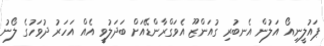
ޕައުލީނިއޯ އަލުން އެނބުރި ގުއަންޒޫ އެވަގްރާންޑޭއަށް ބަދަލުވީ އެއް އަހަރު ދުވަހުގެ ލޯނު